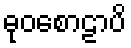
ဓုဝစောဠာပိ